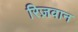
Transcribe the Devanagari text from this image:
रिज़वान